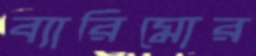
ব্যারিমোর